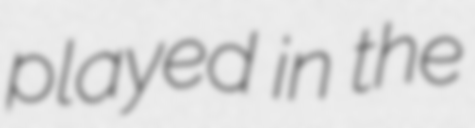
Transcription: played in the